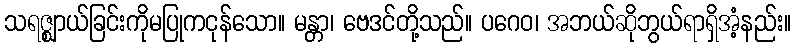
သရဇ္ဈာယ်ခြင်းကိုမပြုကငုန်သော။ မန္တာ၊ ဗေဒင်တို့သည်။ ပဂေဝ၊ အဘယ်ဆိုဘွယ်ရာရှိအံ့နည်း။